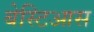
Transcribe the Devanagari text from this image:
बेस्टिआस